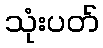
သုံးပတ်